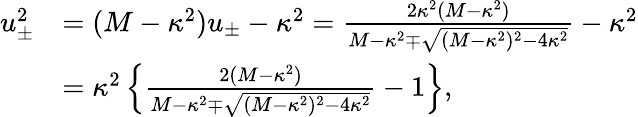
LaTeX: \begin{array}{rl}{u_{\pm}^{2}}&{=(M-\kappa^{2})u_{\pm}-\kappa^{2}=\frac{2\kappa^{2}(M-\kappa^{2})}{M-\kappa^{2}\mp\sqrt{(M-\kappa^{2})^{2}-4\kappa^{2}}}-\kappa^{2}}\\ &{=\kappa^{2}\left\{ \frac{2(M-\kappa^{2})}{M-\kappa^{2}\mp\sqrt{(M-\kappa^{2})^{2}-4\kappa^{2}}}-1\right\} ,}\end{array}